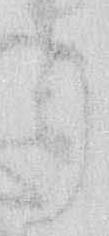
り